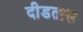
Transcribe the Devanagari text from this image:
दीडतास